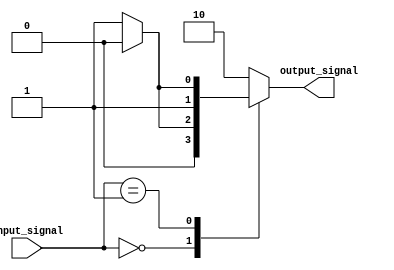
module case_if_else (
    input [2:0] input_signal,
    output reg [1:0] output_signal
);

always @* begin
    case (input_signal)
        3'b000: begin // input_signal is 000
            if (condition) begin
                output_signal = 2'b00;
            end else begin
                output_signal = 2'b01;
            end
        end
        3'b001: begin // input_signal is 001
            if (condition) begin
                output_signal = 2'b10;
            end else begin
                output_signal = 2'b11;
            end
        end
        // Add more cases as needed
        
        default: output_signal = 2'b10; // default case
    endcase
end

endmodule